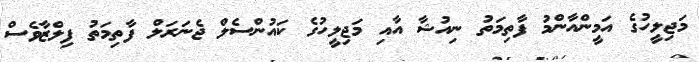
މަޖިލީހުގެ އަމީންއާންމު ފާތިމަތު ނިއުޝާ އާއި މަޖިލީހުގެ ކައުންސެލް ޖެނަރަލް ފާތިމަތު ފިލްޒާވެސް